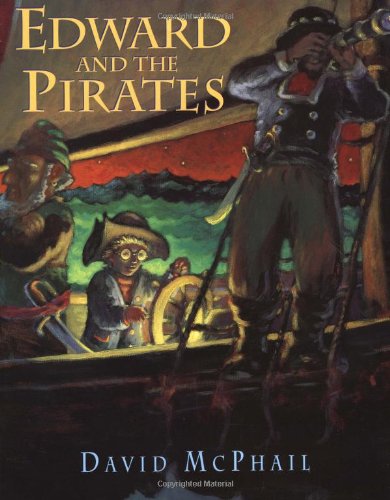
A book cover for Edward and the Pirates; David McPhail; Children's Books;